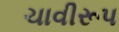
ચાવીરૂપ